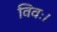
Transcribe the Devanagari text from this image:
विवः।